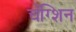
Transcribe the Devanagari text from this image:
चेंग्शिन